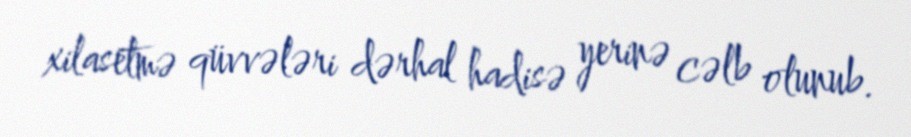
xilasetmə qüvvələri dərhal hadisə yerinə cəlb olunub.